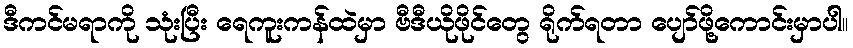
ဒီကင်မရာကို သုံးပြီး ရေကူးကန်ထဲမှာ ဗီဒီယိုဖိုင်တွေ ရိုက်ရတာ ပျော်ဖို့ကောင်းမှာပါ။